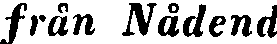
från Nådend